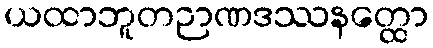
ယထာဘူတဉာဏဒဿနတ္ထော